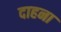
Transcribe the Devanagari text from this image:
दाहना